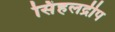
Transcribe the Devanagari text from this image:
सिंहलद्रीप